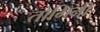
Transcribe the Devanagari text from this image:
तोमिनी